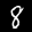
Label: 8